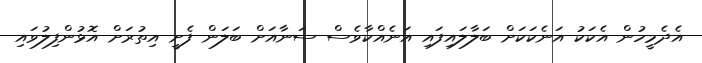
އެދެމީހުން އެކަކު އަނެކަކަށް ބަލާލައިފައި އަނެއްކާވެސް ސަނާއަށް ބަލަން ފެށީ އިތުރަށް އޮޅުންފިލުވައި